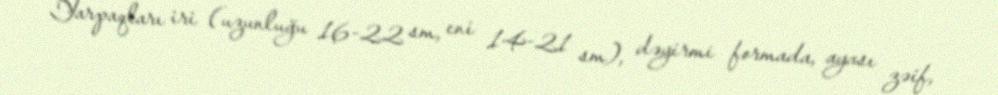
Yarpaqları iri (uzunluğu 16-22 sm, eni 14-21 sm), dəyirmi formada, ayası zəif,